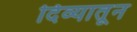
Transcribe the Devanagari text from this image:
दिव्यातून